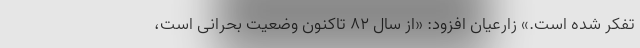
تفکر شده است.» زارعیان افزود: «از سال ۸۲ تاکنون وضعیت بحرانی است،